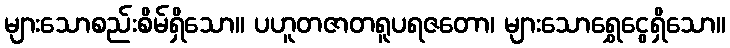
များသောစည်းစိမ်ရှိသော။ ပဟူတဇာတရူပရဇတော၊ များသောရွှေငွေရှိသော။